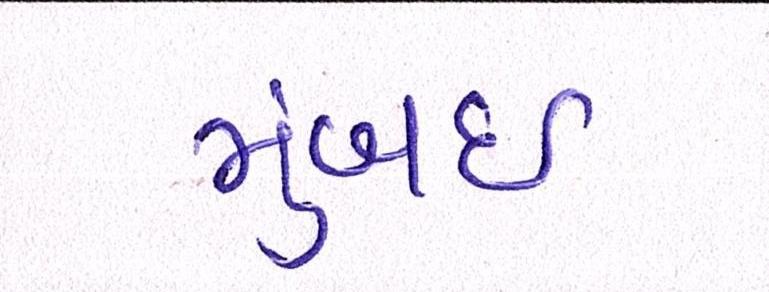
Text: મુંબઈઃ